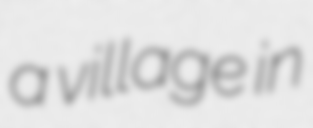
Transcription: a village in